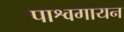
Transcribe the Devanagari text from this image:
पाश्वगायन